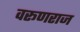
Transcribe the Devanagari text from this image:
वरूणराज